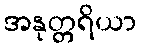
အနုတ္တရိယာ